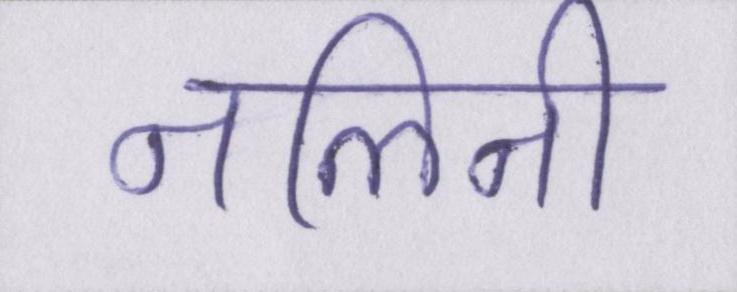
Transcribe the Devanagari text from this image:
नलिनी